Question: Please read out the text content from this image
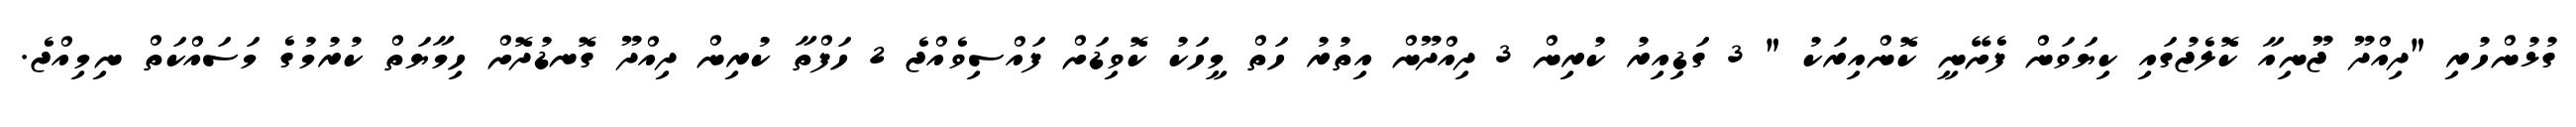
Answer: ގުޅުންހުރި "ދިއްދޫ ޖޫނިއާ ކޮލެޖުގައި ކިޔަވަން ފެށޭނީ ކޮންއިރަކު " 3 ގަޑިއިރު ކުރިން 3 ދިއްދޫން އިތުރު ހަތް މީހަކު ކޮވިޑަށް ފައްސިވެއްޖެ 2 ހަފްތާ ކުރިން ދިއްދޫ ގޮނޑުދޮށް ހިމާޔަތް ކުރުމުގެ މަސައްކަތް ނިމިއްޖެ.